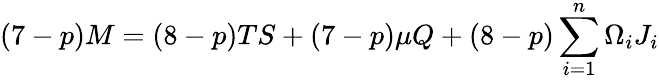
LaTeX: (7-p)M=(8-p)TS+(7-p)\mu Q+(8-p)\sum_{i=1}^{n}\Omega_{i}J_{i}